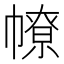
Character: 𢄷